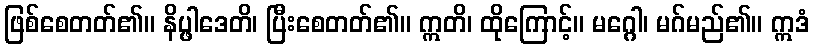
ဖြစ်စေတတ်၏။ နိပ္ဖါဒေတိ၊ ပြီးစေတတ်၏။ ဣတိ၊ ထိုကြောင့်။ မဂ္ဂေါ၊ မဂ်မည်၏။ ဣဒံ